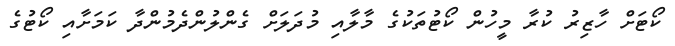
ކޯޓަށް ހާޒިރު ކުރާ މީހުން ކޯޓުތަކުގެ މާލާއި މުދަލަށް ގެންލުންދެމުންދާ ކަމަށާއި ކޯޓުގެ